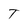
Character: T